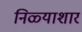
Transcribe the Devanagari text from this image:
निळ्याशार